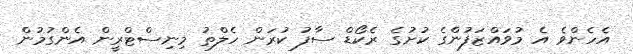
އެހެންވެ އެ މުވައްޒަފުންގެ ކުށުގެ ރެކޯޑް ސާފު ކުރަން ހެލްތު މިނިސްޓްރީން އެންގުމުން